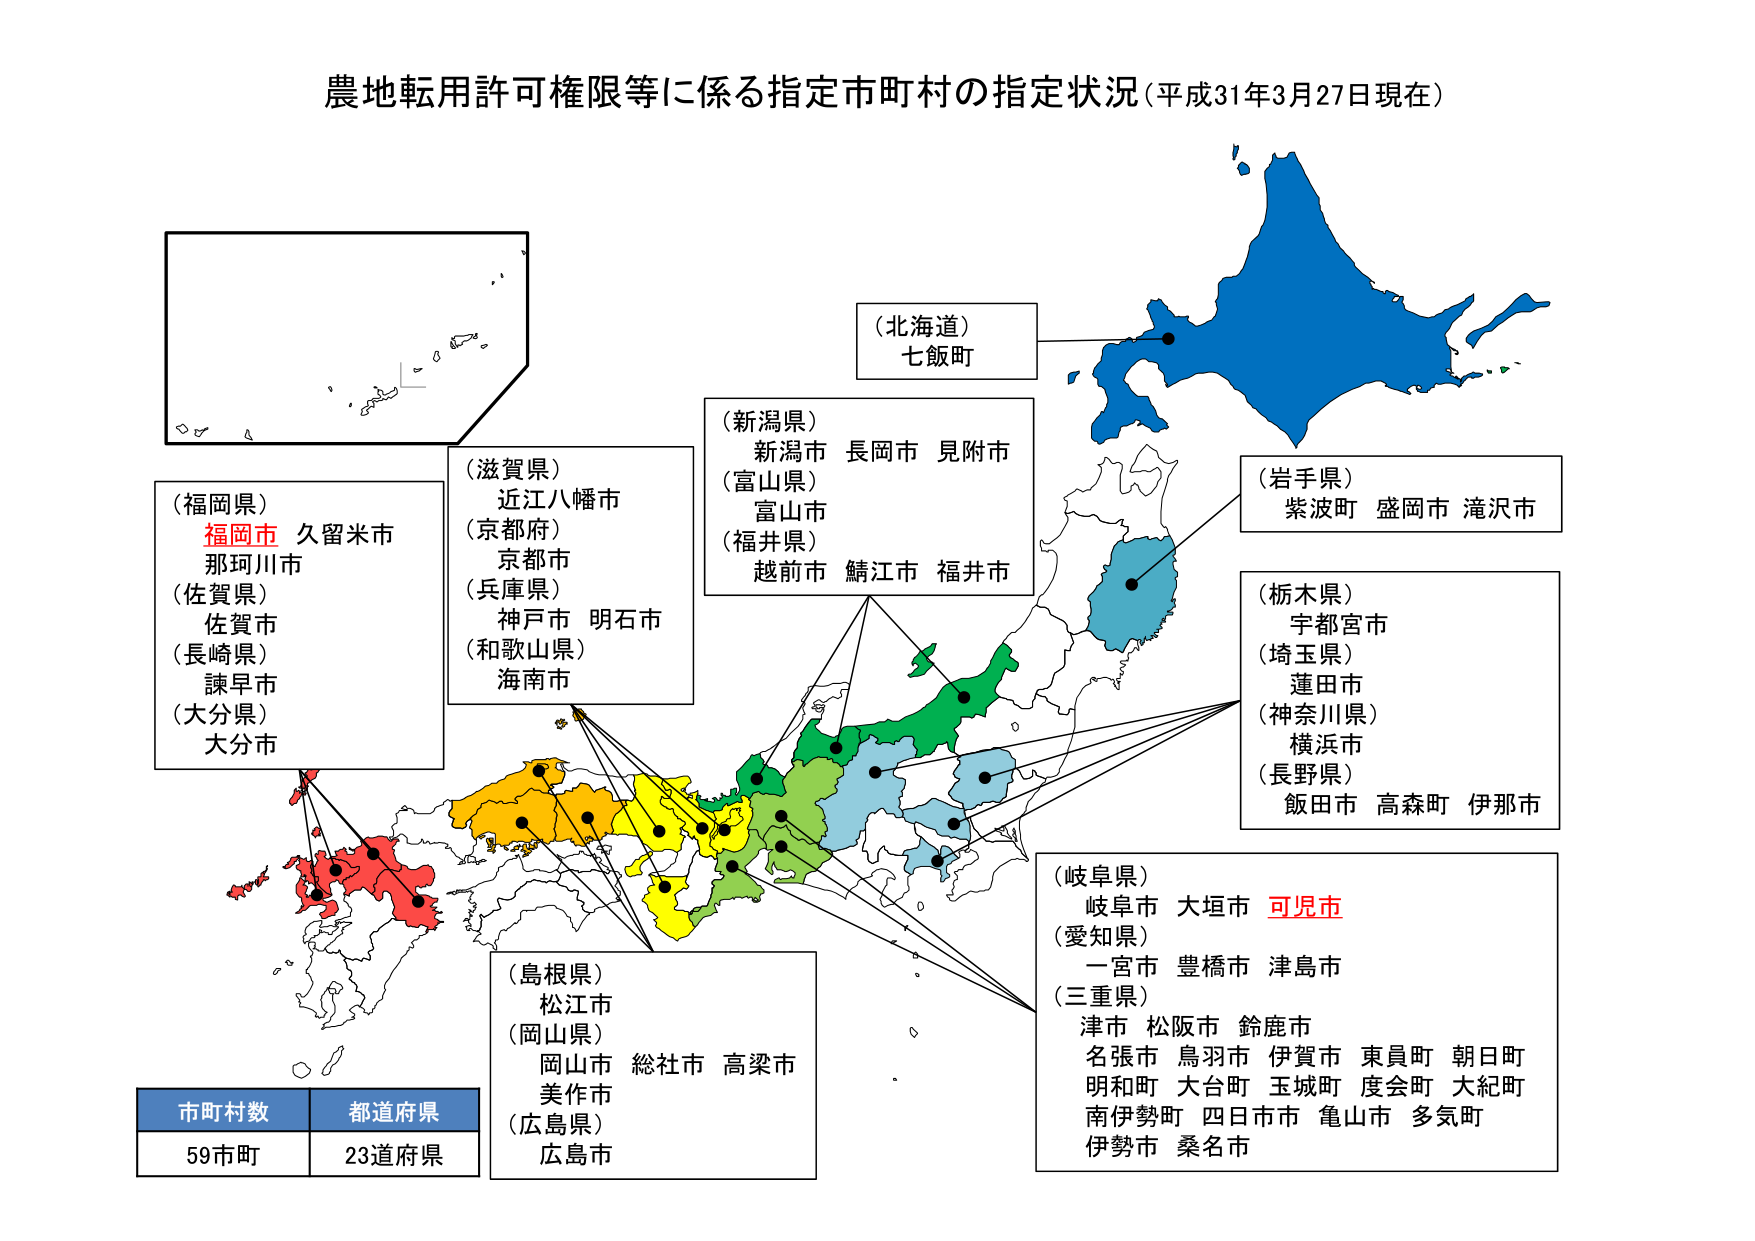
農地転用許可権限等に係る指定市町村の指定状況（平成31年3月27日現在）

（北海道）
七飯町

（新潟県）
新潟市 長岡市 見附市
（富山県）
富山市
（福井県）
越前市 鯖江市 福井市

（岩手県）
紫波町 盛岡市 滝沢市

（栃木県）
宇都宮市
（埼玉県）
蓮田市
（神奈川県）
横浜市
（長野県）
飯田市 高森町 伊那市

（岐阜県）
岐阜市 大垣市 可児市
（愛知県）
一宮市 豊橋市 津島市
（三重県）
津市 松阪市 鈴鹿市
名張市 鳥羽市 伊賀市 東員町 朝日町
明和町 大台町 玉城町 度会町 大紀町
南伊勢町 四日市市 亀山市 多気町
伊勢市 桑名市

（滋賀県）
近江八幡市
（京都府）
京都市
（兵庫県）
神戸市 明石市
（和歌山県）
海南市

（福岡県）
福岡市 久留米市
那珂川市
（佐賀県）
佐賀市
（長崎県）
諫早市
（大分県）
大分市

（島根県）
松江市
（岡山県）
岡山市 総社市 高梁市
美作市
（広島県）
広島市

市町村数 都道府県
59市町 23道府県